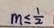
m \leq \frac { 1 } { 2 }